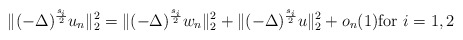
\begin{align*}\|(-\Delta)^{\frac{s_i}{2}} u_n\|^2_2=\|(-\Delta)^{\frac{s_i}{2}} w_n\|^2_2+\|(-\Delta)^{\frac{s_i}{2}} u\|^2_2+o_n(1) \mbox{for}\,\, i=1,2\end{align*}